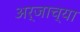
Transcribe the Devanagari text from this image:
अर्जाच्या